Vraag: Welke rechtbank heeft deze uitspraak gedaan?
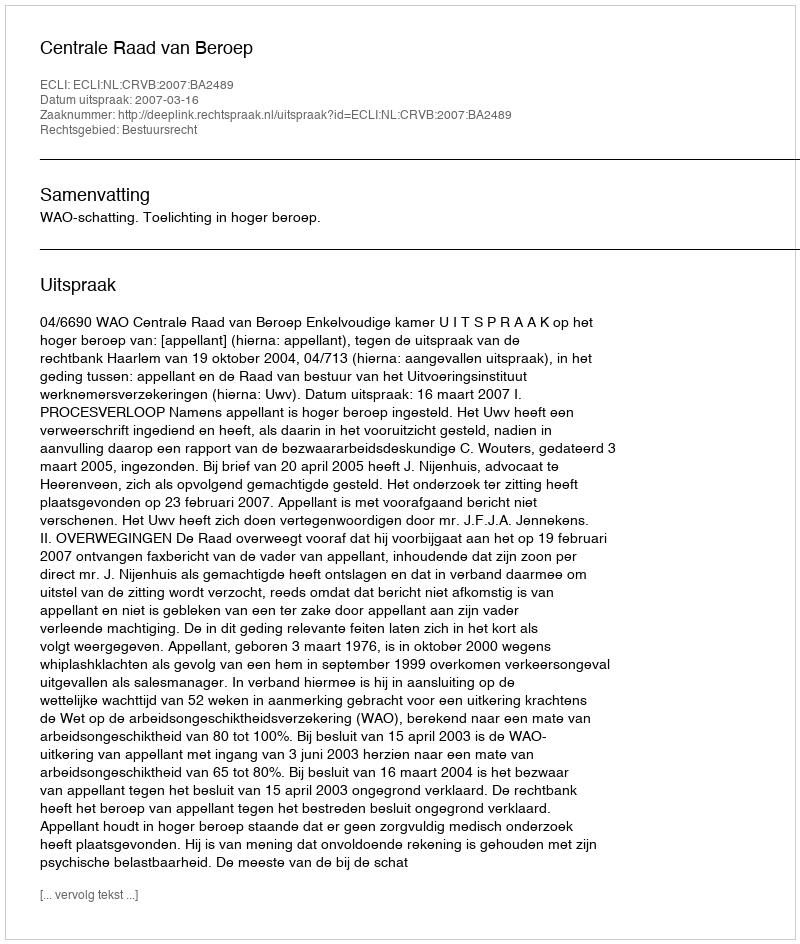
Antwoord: Centrale Raad van Beroep